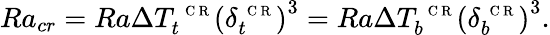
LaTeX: Ra_{cr}=Ra\Delta T_{t}^{\mathrm{~\scriptsize~C~R~}}\left(\delta_{t}^{\mathrm{~\scriptsize~C~R~}}\right)^{3}=Ra\Delta T_{b}^{\mathrm{~\scriptsize~C~R~}}\left(\delta_{b}^{\mathrm{~\scriptsize~C~R~}}\right)^{3}.